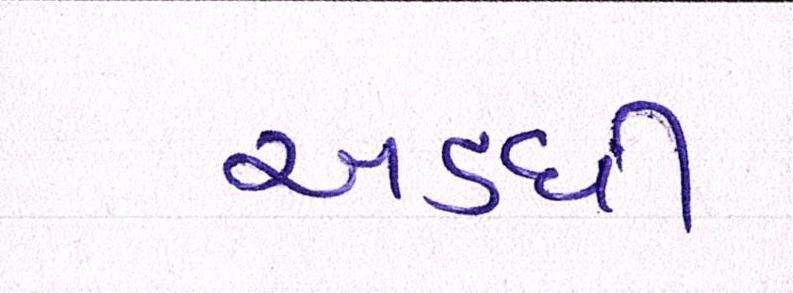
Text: અડધી